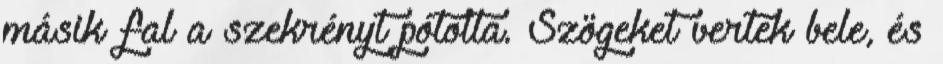
másik fal a szekrényt pótolta. Szögeket vertek bele, és